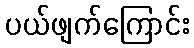
ပယ်ဖျက်ကြောင်း